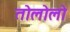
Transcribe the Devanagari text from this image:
तोलोलो